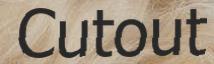
Cutout